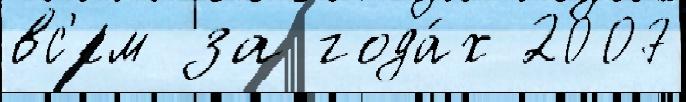
вс'ем за года́х 2007